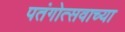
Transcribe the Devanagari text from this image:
पतंगोत्सवाच्या